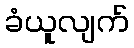
ခံယူလျက်